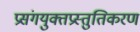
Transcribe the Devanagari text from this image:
प्रसंगयुक्तप्रस्तुतिकरण